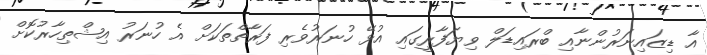
އާ ޑިޒައިނަރުންނާއި ބްރައިޑަލް ވިޔަފާރީގައި އުޅޭ ހުނަރުވެރި ފަރާތްތަކަށް އެ ހުނަރު އިޝްތިހާރުކޮށް